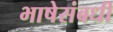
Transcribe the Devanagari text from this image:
भाषेसंबधीं